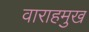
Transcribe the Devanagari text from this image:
वाराहमुख